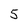
Character: 5